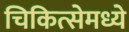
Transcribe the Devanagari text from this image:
चिकित्सेमध्ये